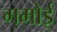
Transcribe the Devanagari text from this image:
गमोई